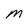
Character: M